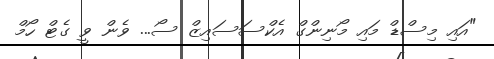
"އައި މިސްޑް މައި މޯނިންގް އެކްސަސައިޒް ސޯ... ވެން ވީ ގެޓް ހޯމް